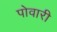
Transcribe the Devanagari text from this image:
पोवारी